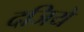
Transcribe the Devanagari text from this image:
दजिये